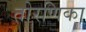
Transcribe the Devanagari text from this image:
तोरणिका